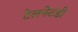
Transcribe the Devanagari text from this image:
टेलनेटडी